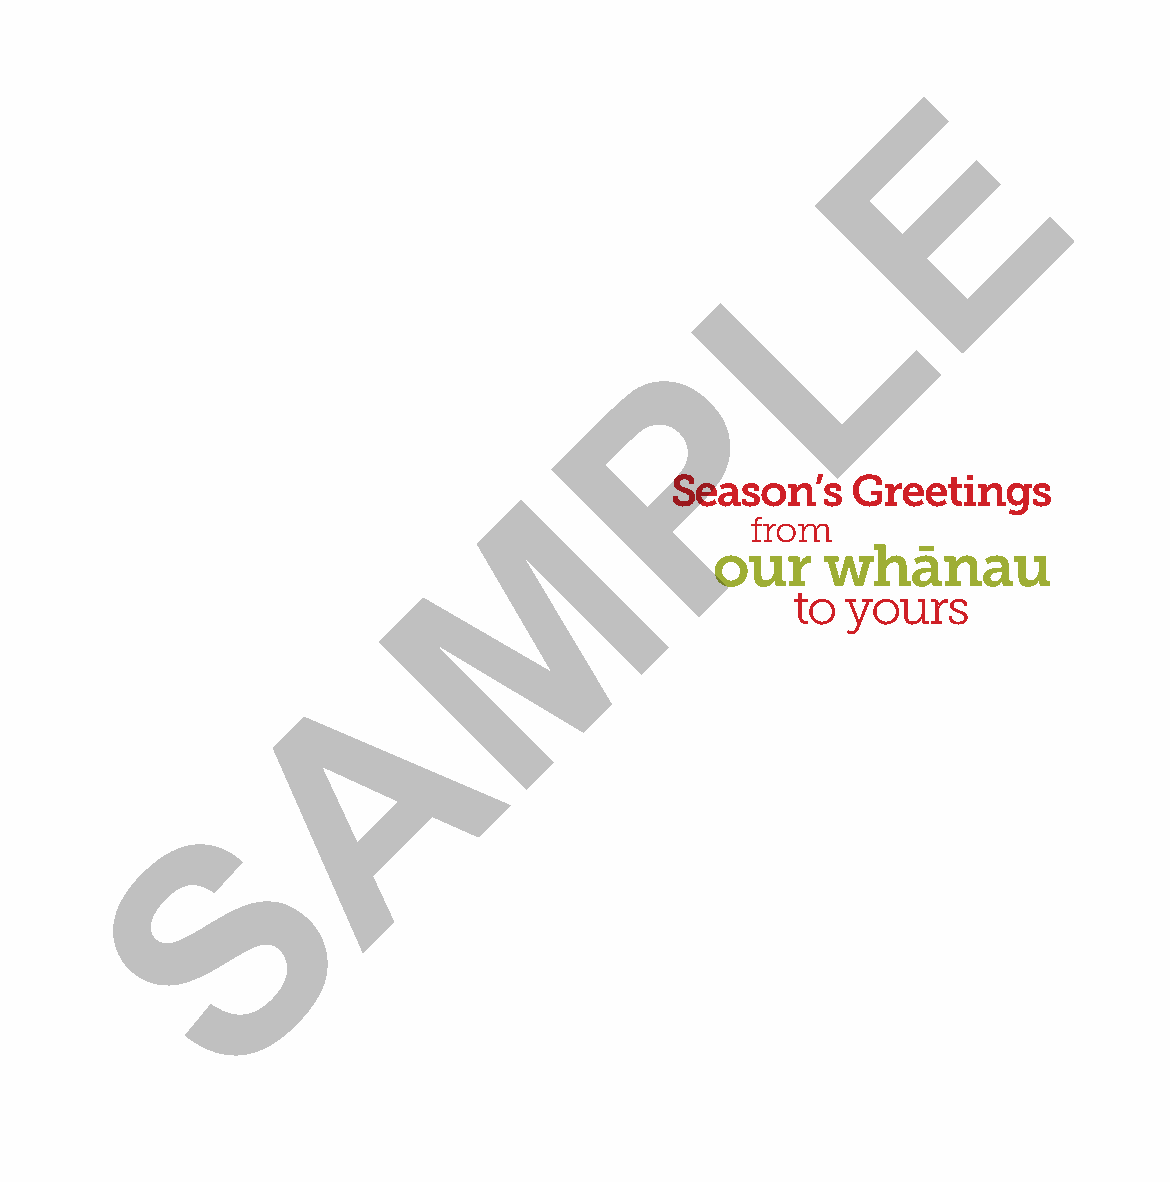
E
 L
 P
 M         Season’s    Greetings
 from
 our    whānau
 to  yours
 A
 S